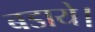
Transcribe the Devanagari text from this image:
बडाये।